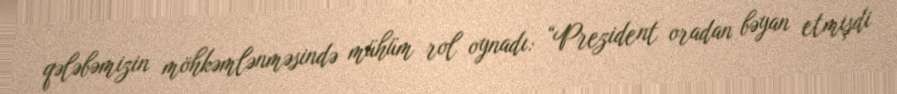
qələbəmizin möhkəmlənməsində mühüm rol oynadı: “Prezident oradan bəyan etmişdi